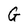
Character: G